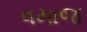
વમાજ